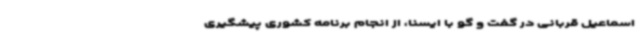
اسماعیل قربانی در گفت و گو با ایسنا، از انجام برنامه کشوری پیشگیری